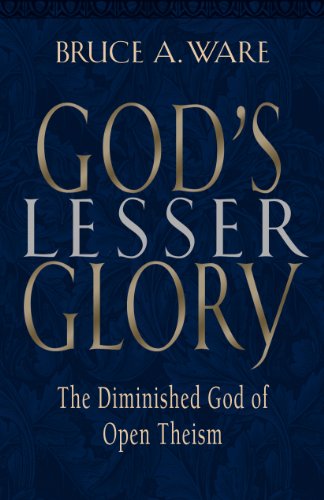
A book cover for God's Lesser Glory: The Diminished God of Open Theism; Bruce A. Ware; Religion & Spirituality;